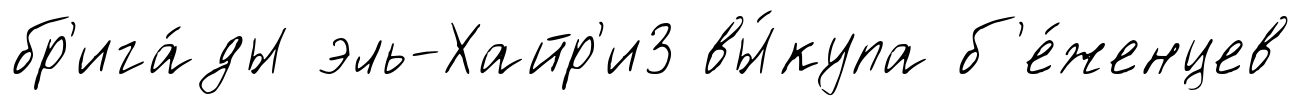
бр'ига́ды эль-Хайр'и3 вы́купа б'е́женцев